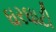
ઘરઘાટી